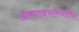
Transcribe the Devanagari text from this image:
आणावयासनदीवर